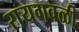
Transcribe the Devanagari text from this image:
रायगवळी